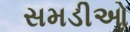
સમડીઓ